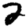
Digit: 2